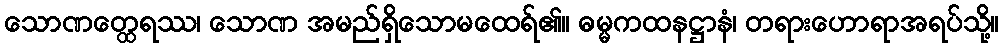
သောဏတ္ထေရဿ၊ သောဏ အမည်ရှိသောမထေရ်၏။ ဓမ္မကထနဋ္ဌာနံ၊ တရားဟောရာအရပ်သို့။